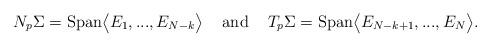
LaTeX: \begin{align*}N_p\Sigma=\textrm{Span} \bigl< E_1,..., E_{N-k}\bigl> \;\;\;\ \textrm{and} \;\;\;\ T_p\Sigma= \textrm{Span} \bigl<E_{N-k+1},..., E_N\bigl>.\end{align*}